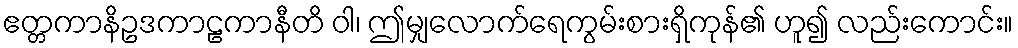
ဧတ္တကာနိဥဒကာဠကာနီတိ ဝါ၊ ဤမျှလောက်ရေကွမ်းစားရှိကုန်၏ ဟူ၍ လည်းကောင်း။